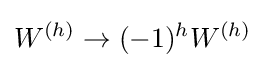
W^{(h)}\to (-1)^{h}W^{(h)}